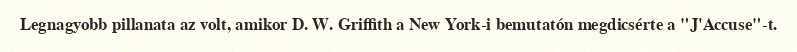
Legnagyobb pillanata az volt, amikor D. W. Griffith a New York-i bemutatón megdicsérte a "J'Accuse"-t.